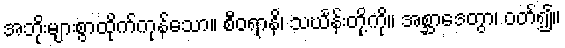
အဘိုးများစွာထိုက်ကုန်သော။ စီဝရာနိ၊ သင်္ဃန်းတို့ကို။ အစ္ဆာဒေတွာ၊ ဝတ်၍။